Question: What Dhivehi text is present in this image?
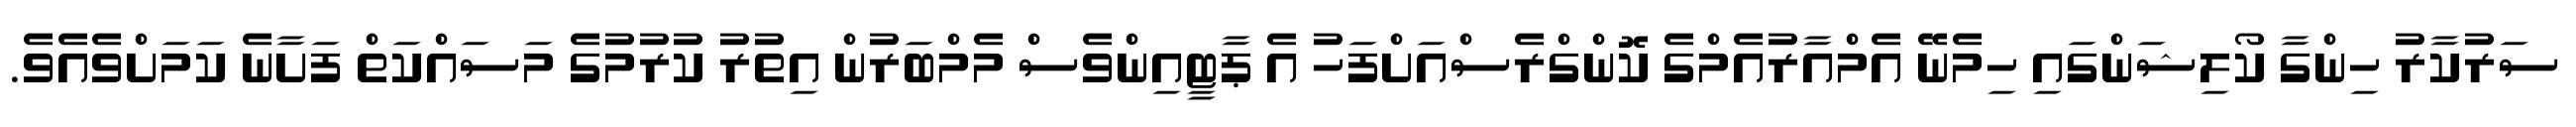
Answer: ސަރުކާރު ހިންގާ ކޯލިޝަންގައި ހިމެނޭ އެމްއާރުއެމްގެ ކޮންގްރެސްއަށްފަހު އެ ޕާޓީއިންވެސް މެމްބަރުން އިތުރު ކުރުމުގެ މަސައްކަތް ފަށާނެ ކަމަށްވެއެވެ.